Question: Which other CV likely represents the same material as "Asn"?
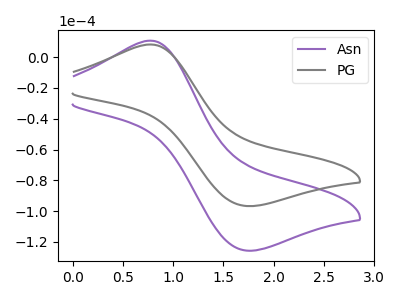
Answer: <think>The purple curve "Asn" has an anodic peak at (0.75V, 10.75uA) and a cathodic peak at (1.75V, -125.75uA). The gray curve "PG" has an anodic peak at (0.75V, 8.30uA) and a cathodic peak at (1.75V, -96.75uA).
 All the peaks in "Asn" have a peak in "PG" at the same potential. Every peak in "Asn" is higher than every peak in "PG".</think>
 <answer>The CV with the most similar shape to "PG" is "Asn".</answer>
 <eval>"Asn"</eval>